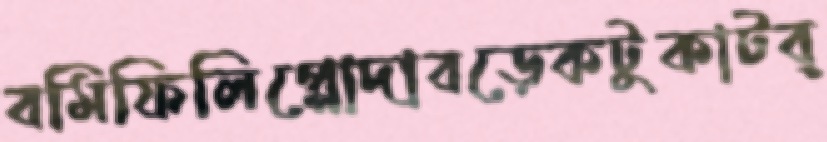
বমিফিলিপ্পোদাবড়েকটুকাটব্